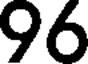
96